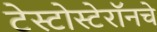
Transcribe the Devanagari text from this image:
टेस्टोस्टेरॉनचे